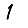
Digit: 1